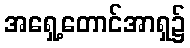
အရှေ့တောင်အာရှ၌